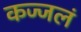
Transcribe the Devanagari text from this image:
कज्जलं